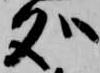
処